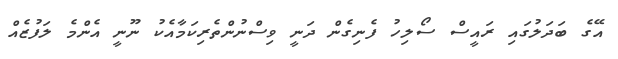
އޭގެ ބަދަލުގައި ރައީސް ސޯލިހު ފެނިގެން ދަނީ ވިސްނުންތެރިކަމާއެކު ނޫނީ އެންމެ ލަފުޒެއް